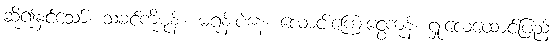
ဆို၍နှင်သော်၊ သခင်ကိုမုန်း၊ မရုန်းပဲနေ၊ လောင်းကြေးငွေကုန်၊ ရှုံးလေထောင်ပြည့်၊